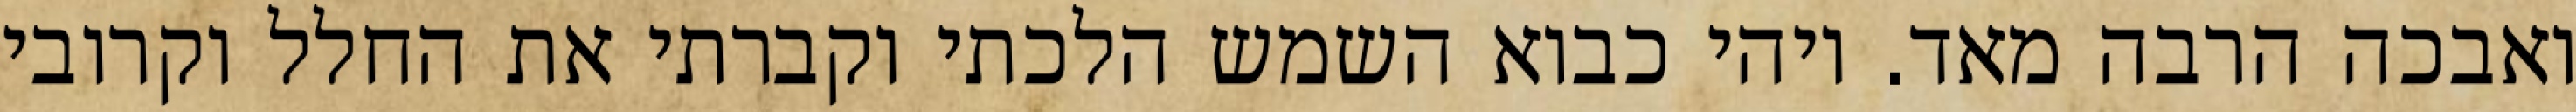
ואבכה הרבה מאד. ויהי כבוא השמש הלכתי וקברתי את החלל וקרובי